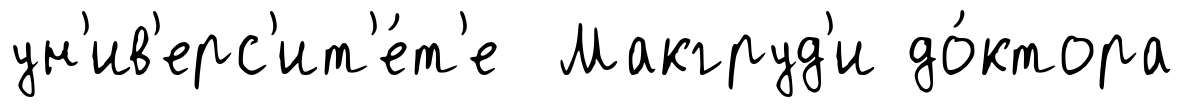
ун'ив'ерс'ит'е́т'е Макгруд'и до́ктора